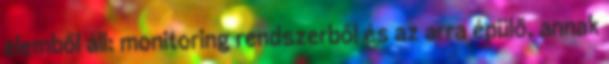
elemből áll: monitoring rendszerből és az arra épülő, annak